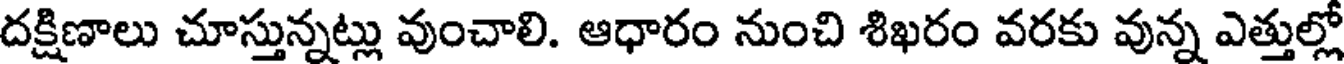
దక్షిణాలు చూస్తున్నట్లు వుంచాలి. ఆధారం నుంచి శిఖరం వరకు వున్న ఎత్తుల్లో